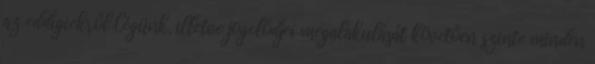
az eddigiekről Cégünk, illetve jogelődjei megalakulását követően szinte minden